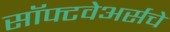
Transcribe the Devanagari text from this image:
सॉफ्टवेअर्सचे